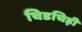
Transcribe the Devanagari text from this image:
चिडचिड़ी